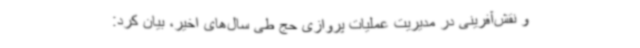
و نقش‌آفرینی در مدیریت عملیات پروازی حج طی سال‌های اخیر، بیان کرد: